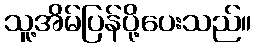
သူ့အိမ်ပြန်ပို့ပေးသည်။